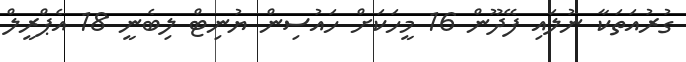
ގުރުއަތަކާ ނުލައި ފޭދޫން 16 މީހަކަށް ހައުސިން ޔުނިޓް ލިބެނީ 18 އެޕްރީލް